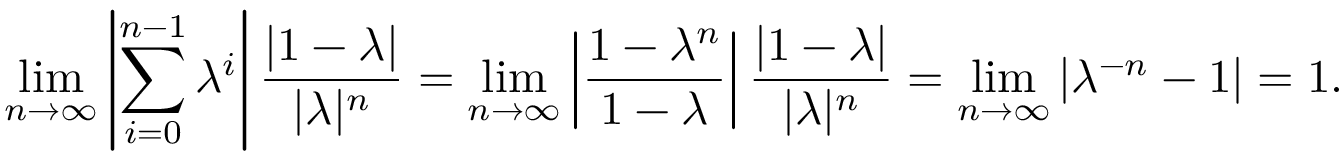
\operatorname* { l i m } _ { n \to \infty } \left| \sum _ { i = 0 } ^ { n - 1 } \lambda ^ { i } \right| \frac { | 1 - \lambda | } { | \lambda | ^ { n } } = \operatorname* { l i m } _ { n \to \infty } \left| \frac { 1 - \lambda ^ { n } } { 1 - \lambda } \right| \frac { | 1 - \lambda | } { | \lambda | ^ { n } } = \operatorname* { l i m } _ { n \to \infty } | \lambda ^ { - n } - 1 | = 1 .